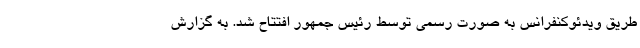
طریق ویدئوکنفرانس به صورت رسمی توسط رئیس جمهور افتتاح شد. به گزارش